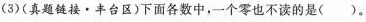
（3）（真题链接·丰台区）下面各数中，一个零也不读的是（ ）。